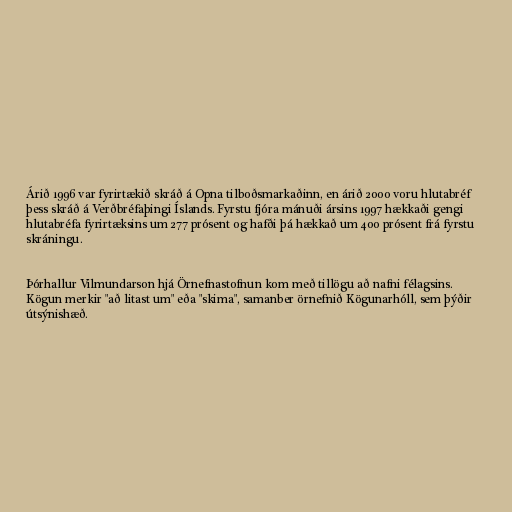
Árið 1996 var fyrirtækið skráð á Opna tilboðsmarkaðinn, en árið 2000 voru hlutabréf
þess skráð á Verðbréfaþingi Íslands. Fyrstu fjóra mánuði ársins 1997 hækkaði gengi
hlutabréfa fyrirtæksins um 277 prósent og hafði þá hækkað um 400 prósent frá fyrstu
skráningu.

Þórhallur Vilmundarson hjá Örnefnastofnun kom með tillögu að nafni félagsins.
Kögun merkir "að litast um" eða "skima", samanber örnefnið Kögunarhóll, sem þýðir
útsýnishæð.